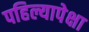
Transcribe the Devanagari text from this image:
पहिल्यापेक्षा